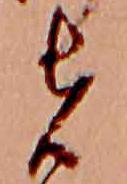
者